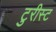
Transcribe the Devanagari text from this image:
टुरीस्ट